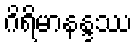
ဂိရိမာနန္ဒဿ